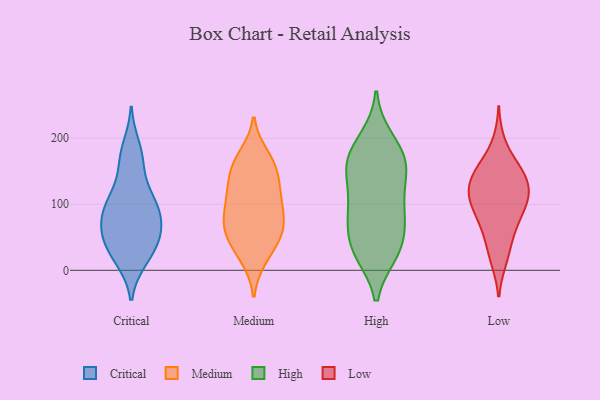
{"axis": {"x": "Inventory Turnover", "y": "Value"}, "legend": ["Critical", "High", "Low", "Medium"], "data": [{"x": "", "y": 56, "type": "Critical"}, {"x": "", "y": 169, "type": "Critical"}, {"x": "", "y": 47, "type": "Critical"}, {"x": "", "y": 63, "type": "Critical"}, {"x": "", "y": 189, "type": "Critical"}, {"x": "", "y": 155, "type": "Critical"}, {"x": "", "y": 37, "type": "Critical"}, {"x": "", "y": 14, "type": "Critical"}, {"x": "", "y": 104, "type": "Critical"}, {"x": "", "y": 119, "type": "Critical"}, {"x": "", "y": 46, "type": "Critical"}, {"x": "", "y": 14, "type": "Critical"}, {"x": "", "y": 88, "type": "Critical"}, {"x": "", "y": 99, "type": "Critical"}, {"x": "", "y": 94, "type": "Critical"}, {"x": "", "y": 75, "type": "Critical"}, {"x": "", "y": 117, "type": "Medium"}, {"x": "", "y": 46, "type": "Medium"}, {"x": "", "y": 21, "type": "Medium"}, {"x": "", "y": 174, "type": "Medium"}, {"x": "", "y": 58, "type": "Medium"}, {"x": "", "y": 133, "type": "Medium"}, {"x": "", "y": 95, "type": "Medium"}, {"x": "", "y": 161, "type": "Medium"}, {"x": "", "y": 165, "type": "Medium"}, {"x": "", "y": 51, "type": "Medium"}, {"x": "", "y": 135, "type": "Medium"}, {"x": "", "y": 158, "type": "Medium"}, {"x": "", "y": 18, "type": "Medium"}, {"x": "", "y": 100, "type": "Medium"}, {"x": "", "y": 60, "type": "Medium"}, {"x": "", "y": 117, "type": "Medium"}, {"x": "", "y": 74, "type": "Medium"}, {"x": "", "y": 85, "type": "Medium"}, {"x": "", "y": 67, "type": "Medium"}, {"x": "", "y": 146, "type": "High"}, {"x": "", "y": 156, "type": "High"}, {"x": "", "y": 193, "type": "High"}, {"x": "", "y": 25, "type": "High"}, {"x": "", "y": 84, "type": "High"}, {"x": "", "y": 83, "type": "High"}, {"x": "", "y": 25, "type": "High"}, {"x": "", "y": 170, "type": "High"}, {"x": "", "y": 59, "type": "High"}, {"x": "", "y": 58, "type": "High"}, {"x": "", "y": 31, "type": "High"}, {"x": "", "y": 26, "type": "High"}, {"x": "", "y": 200, "type": "High"}, {"x": "", "y": 93, "type": "High"}, {"x": "", "y": 98, "type": "High"}, {"x": "", "y": 163, "type": "High"}, {"x": "", "y": 123, "type": "High"}, {"x": "", "y": 147, "type": "High"}, {"x": "", "y": 171, "type": "High"}, {"x": "", "y": 145, "type": "Low"}, {"x": "", "y": 118, "type": "Low"}, {"x": "", "y": 98, "type": "Low"}, {"x": "", "y": 127, "type": "Low"}, {"x": "", "y": 193, "type": "Low"}, {"x": "", "y": 96, "type": "Low"}, {"x": "", "y": 104, "type": "Low"}, {"x": "", "y": 140, "type": "Low"}, {"x": "", "y": 70, "type": "Low"}, {"x": "", "y": 56, "type": "Low"}, {"x": "", "y": 112, "type": "Low"}, {"x": "", "y": 154, "type": "Low"}, {"x": "", "y": 120, "type": "Low"}, {"x": "", "y": 16, "type": "Low"}, {"x": "", "y": 155, "type": "Low"}, {"x": "", "y": 150, "type": "Low"}, {"x": "", "y": 21, "type": "Low"}, {"x": "", "y": 55, "type": "Low"}, {"x": "", "y": 91, "type": "Low"}]}